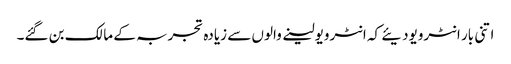
اتنی بار انٹرویودیئے کہ انٹرویولینے والوں سے زیادہ تجربہ کے مالک بن گئے۔